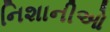
નિશાનીઓ